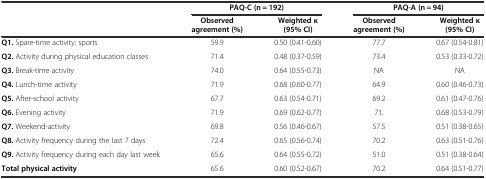
<table><thead><tr><td></td><td colspan="2"><b>PAQ-C (n = 192)</b></td><td colspan="2"><b>PAQ-A (n = 94)</b></td></tr><tr><td></td><td><b>Observed agreement (%)</b></td><td><b>Weighted κ (95% CI)</b></td><td><b>Observed agreement (%)</b></td><td><b>Weighted κ (95% CI)</b></td></tr></thead><tbody><tr><td><b>Q1.</b> Spare-time activity: sports</td><td>59.9</td><td>0.50 (0.41-0.60)</td><td>77.7</td><td>0.67 (0.54-0.81)</td></tr><tr><td><b>Q2.</b> Activity during physical education classes</td><td>71.4</td><td>0.48 (0.37-0.59)</td><td>73.4</td><td>0.53 (0.33-0.72)</td></tr><tr><td><b>Q3.</b> Break-time activity</td><td>74.0</td><td>0.64 (0.55-0.73)</td><td>NA</td><td>NA</td></tr><tr><td><b>Q4.</b> Lunch-time activity</td><td>71.9</td><td>0.68 (0.60-0.77)</td><td>64.9</td><td>0.60 (0.46-0.73)</td></tr><tr><td><b>Q5.</b> After-school activity</td><td>67.7</td><td>0.63 (0.54-0.71)</td><td>69.2</td><td>0.61 (0.47-0.76)</td></tr><tr><td><b>Q6.</b> Evening activity</td><td>71.9</td><td>0.69 (0.62-0.77)</td><td>71.</td><td>0.68 (0.53-0.79)</td></tr><tr><td><b>Q7.</b> Weekend-activity</td><td>69.8</td><td>0.56 (0.46-0.67)</td><td>57.5</td><td>0.51 (0.38-0.65)</td></tr><tr><td><b>Q8.</b> Activity frequency during the last 7 days</td><td>72.4</td><td>0.65 (0.56-0.74)</td><td>70.2</td><td>0.63 (0.51-0.76)</td></tr><tr><td><b>Q9.</b> Activity frequency during each day last week</td><td>65.6</td><td>0.64 (0.55-0.72)</td><td>51.0</td><td>0.51 (0.38-0.64)</td></tr><tr><td><b>Total physical activity</b></td><td>65.6</td><td>0.60 (0.52-0.67)</td><td>70.2</td><td>0.64 (0.51-0.77)</td></tr></tbody></table>